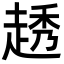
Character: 䞬